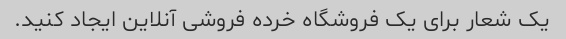
یک شعار برای یک فروشگاه خرده فروشی آنلاین ایجاد کنید.